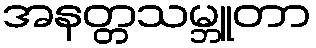
အနတ္တသမ္ဘူတာ